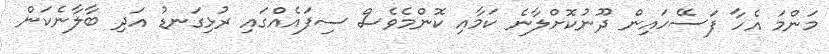
މަންމަ އެހާ ފަސޭހައިން ދޫނުކޮށްލާނެ ކަމާއި ކޮންމެވެސް ސިފައެއްގައި ރުޅިގަނޑު އަދި ބާލާނެކަން